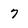
Character: 7